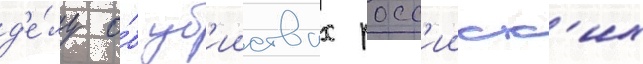
д'е́лу о́б уб'ииствах росс'ииск'их